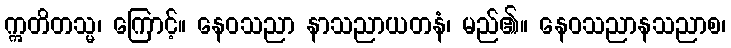
ဣတိတသ္မ၊ ကြောင့်။ နေဝသညာ နာသညာယတနံ၊ မည်၏။ နေဝသညာနသညာစ၊